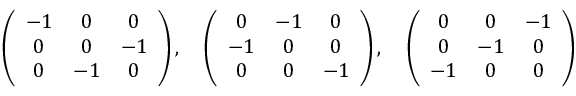
\left( \begin{array} { c c c } { { - 1 } } & { { 0 } } & { { 0 } } \\ { { 0 } } & { { 0 } } & { { - 1 } } \\ { { 0 } } & { { - 1 } } & { { 0 } } \end{array} \right) , \quad \left( \begin{array} { c c c } { { 0 } } & { { - 1 } } & { { 0 } } \\ { { - 1 } } & { { 0 } } & { { 0 } } \\ { { 0 } } & { { 0 } } & { { - 1 } } \end{array} \right) , \quad \left( \begin{array} { c c c } { { 0 } } & { { 0 } } & { { - 1 } } \\ { { 0 } } & { { - 1 } } & { { 0 } } \\ { { - 1 } } & { { 0 } } & { { 0 } } \end{array} \right)